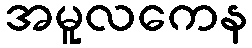
အမူလကေန